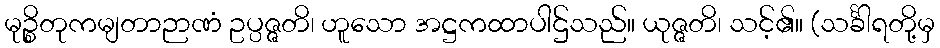
မုဉ္စိတုကမျတာဉာဏံ ဥပ္ပဇ္ဇတိ၊ ဟူသော အဋ္ဌကထာပါဌ်သည်။ ယုဇ္ဇတိ၊ သင့်၏။ (သင်္ခါရတို့မှ